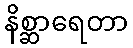
နိစ္ဆာရေတာ